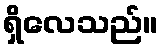
ရှိလေသည်။